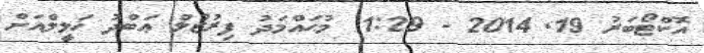
އޮކްޓޯބަރު 19